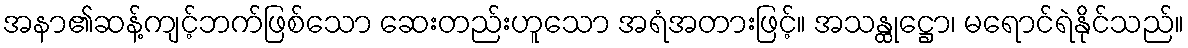
အနာ၏ဆန့်ကျင့်ဘက်ဖြစ်သော ဆေးတည်းဟူသော အရံအတားဖြင့်။ အသန္ထုဋ္ဌော၊ မရောင်ရဲနိုင်သည်။